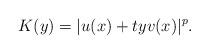
LaTeX: \begin{align*}\ K(y)=|u(x)+tyv(x)|^{p}.\end{align*}